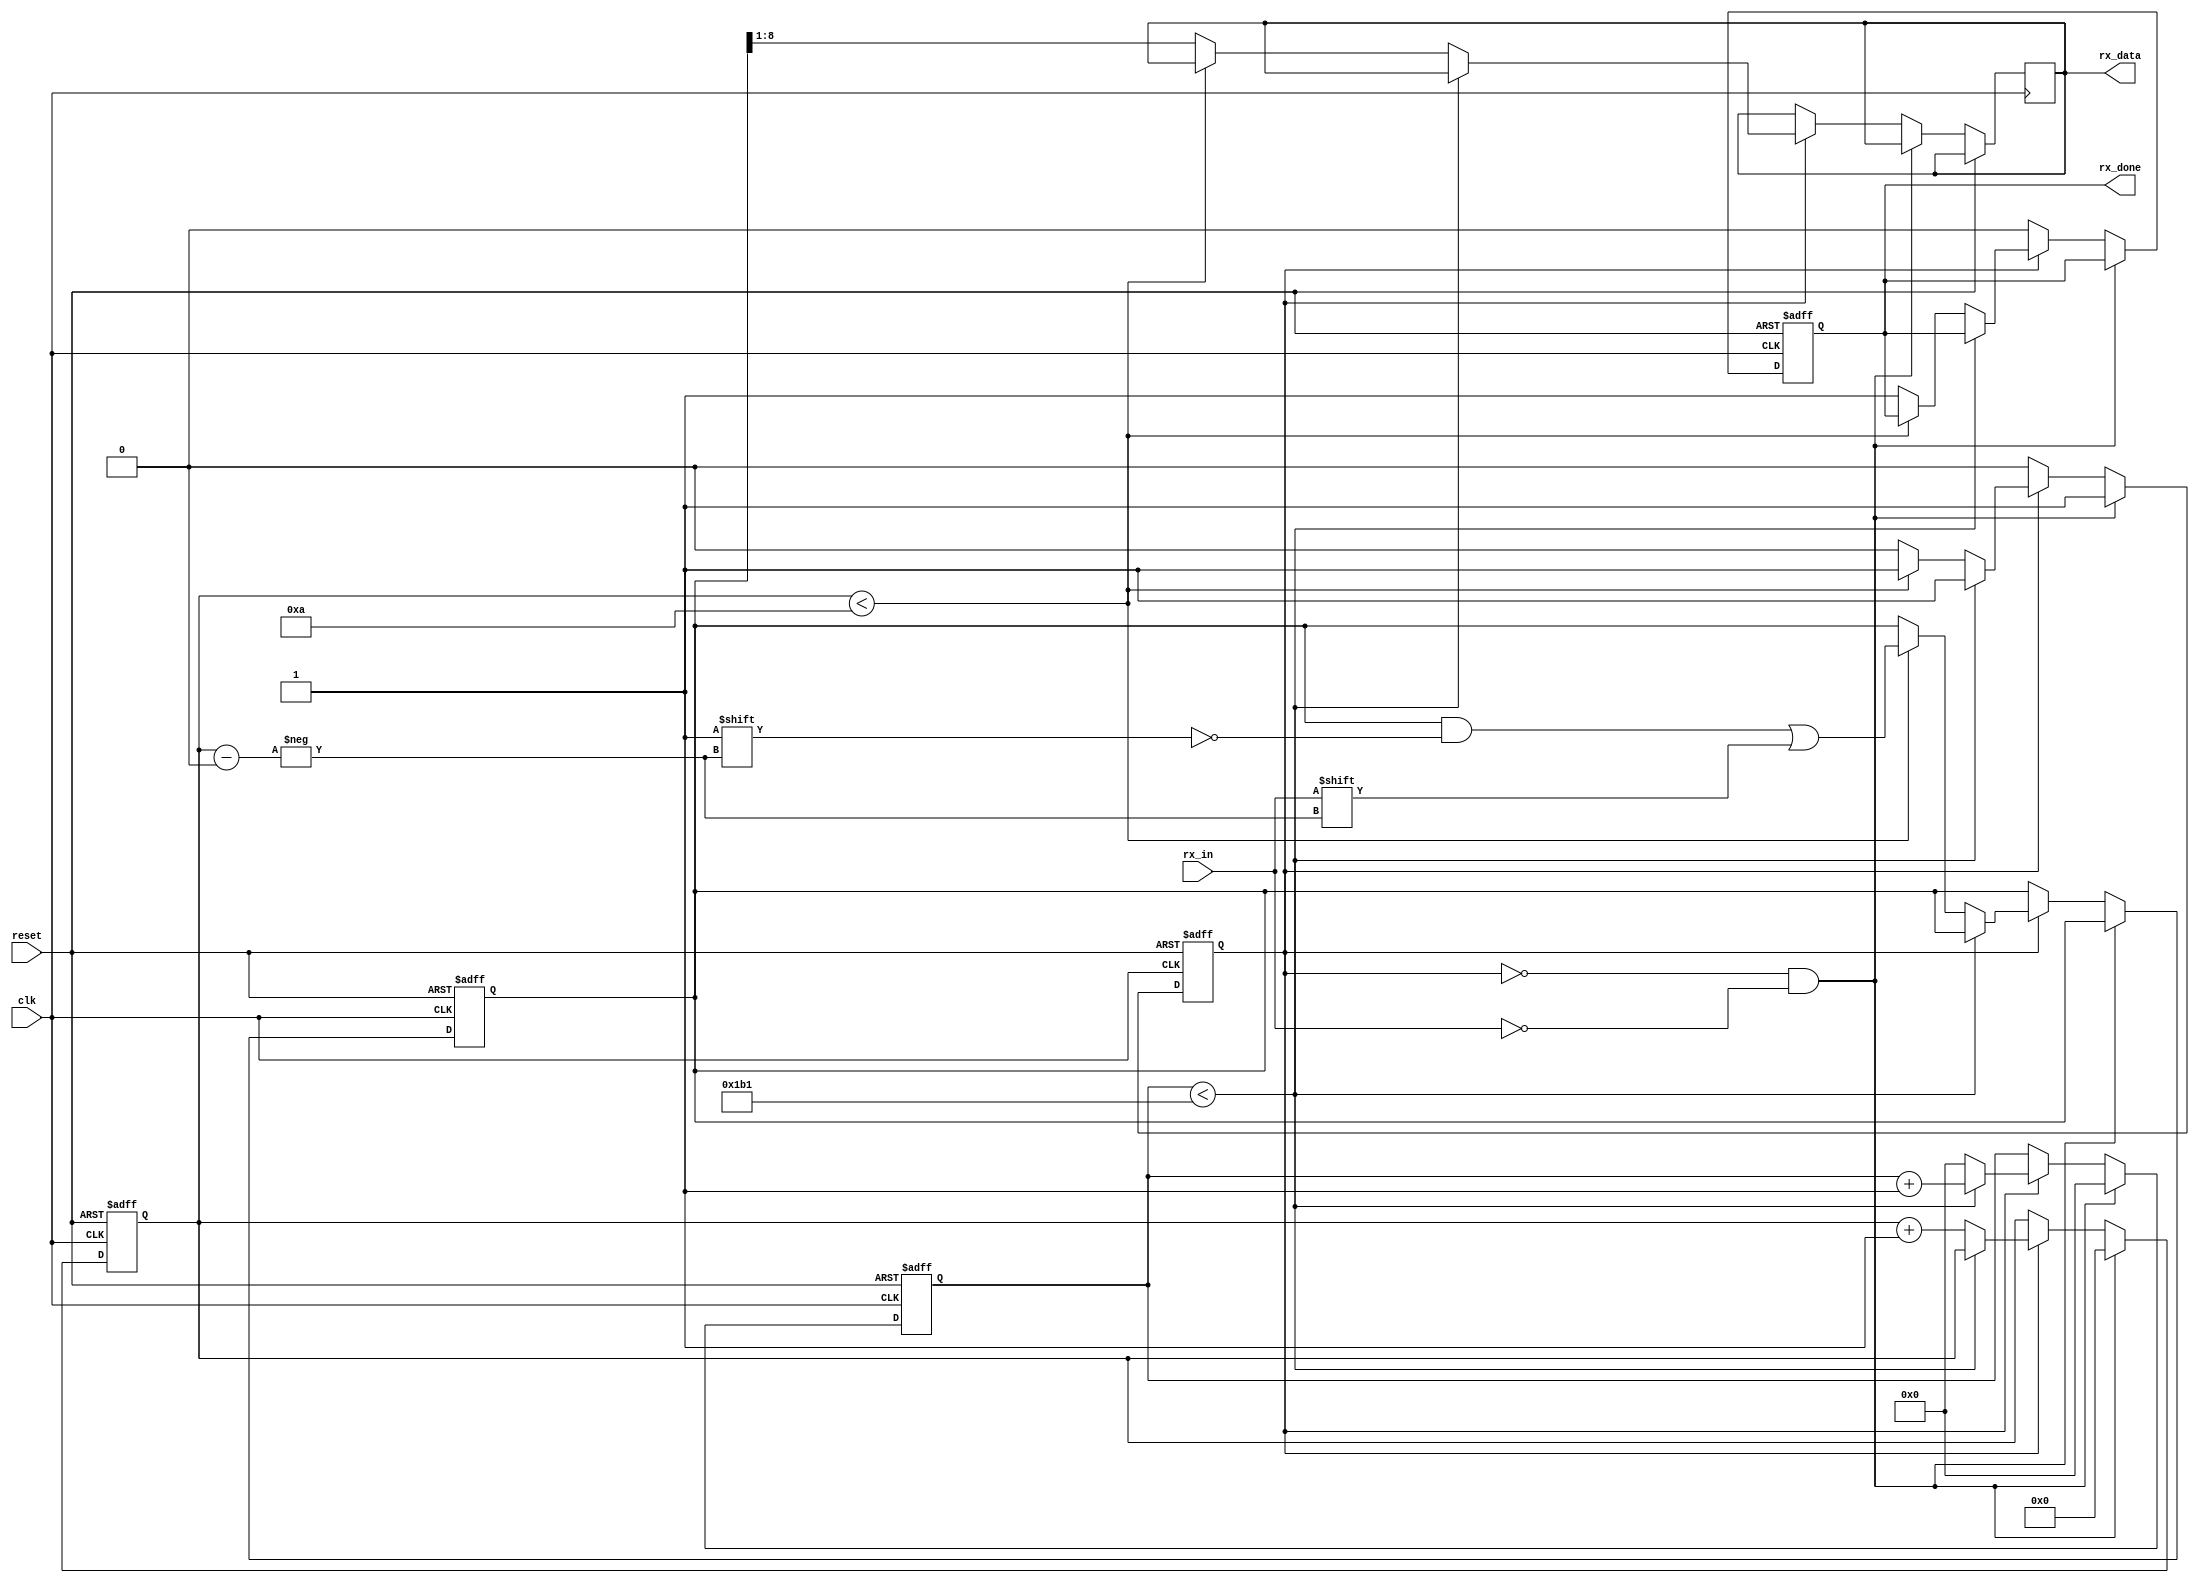
module uart_rx(
    input wire clk,
    input wire reset,
    input wire rx_in,
    output reg rx_done,
    output reg [7:0] rx_data
);
    parameter CLK_FREQ = 50000000; 
    parameter BAUD_RATE = 115200;  
    localparam BIT_PERIOD = CLK_FREQ / BAUD_RATE;

    reg [15:0] clk_count = 0;
    reg [3:0] bit_index = 0;
    reg [9:0] rx_shift_reg = 0;
    reg rx_busy = 0;

    always @(posedge clk or posedge reset) begin
        if (reset) begin
            clk_count <= 0;
            bit_index <= 0;
            rx_shift_reg <= 0;
            rx_busy <= 0;
            rx_done <= 0;
        end else if (!rx_busy && !rx_in) begin
            rx_busy <= 1;
            clk_count <= 0;
            bit_index <= 0;
        end else if (rx_busy) begin
            if (clk_count < BIT_PERIOD - 1) begin
                clk_count <= clk_count + 1;
            end else begin
                clk_count <= 0;
                bit_index <= bit_index + 1;
                if (bit_index < 10) begin
                    rx_shift_reg[bit_index] <= rx_in;
                end else begin
                    rx_busy <= 0;
                    rx_done <= 1;
                    rx_data <= rx_shift_reg[8:1];
                end
            end
        end else begin
            rx_done <= 0;
        end
    end
endmodule